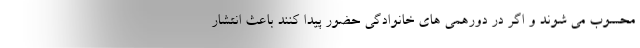
محسوب می شوند و اگر در دورهمی های خانوادگی حضور پیدا کنند باعث انتشار